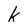
Character: k